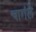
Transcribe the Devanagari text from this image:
चागंले